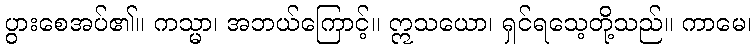
ပွားစေအပ်၏။ ကသ္မာ၊ အဘယ်ကြောင့်။ ဣသယော၊ ရှင်ရသေ့တို့သည်။ ကာမေ၊